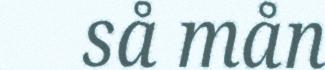
så mån